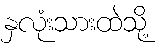
နှလုံးသားထဲသို့